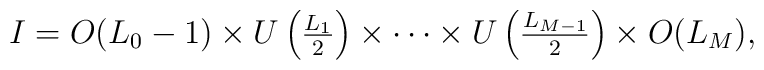
I=O(L_0-1)		\times		U\left({\textstyle \frac{L_1}{2}}\right)\times		\cdots		\times		U\left({\textstyle \frac{L_{M-1}}{2}}\right)\times O(L_M),